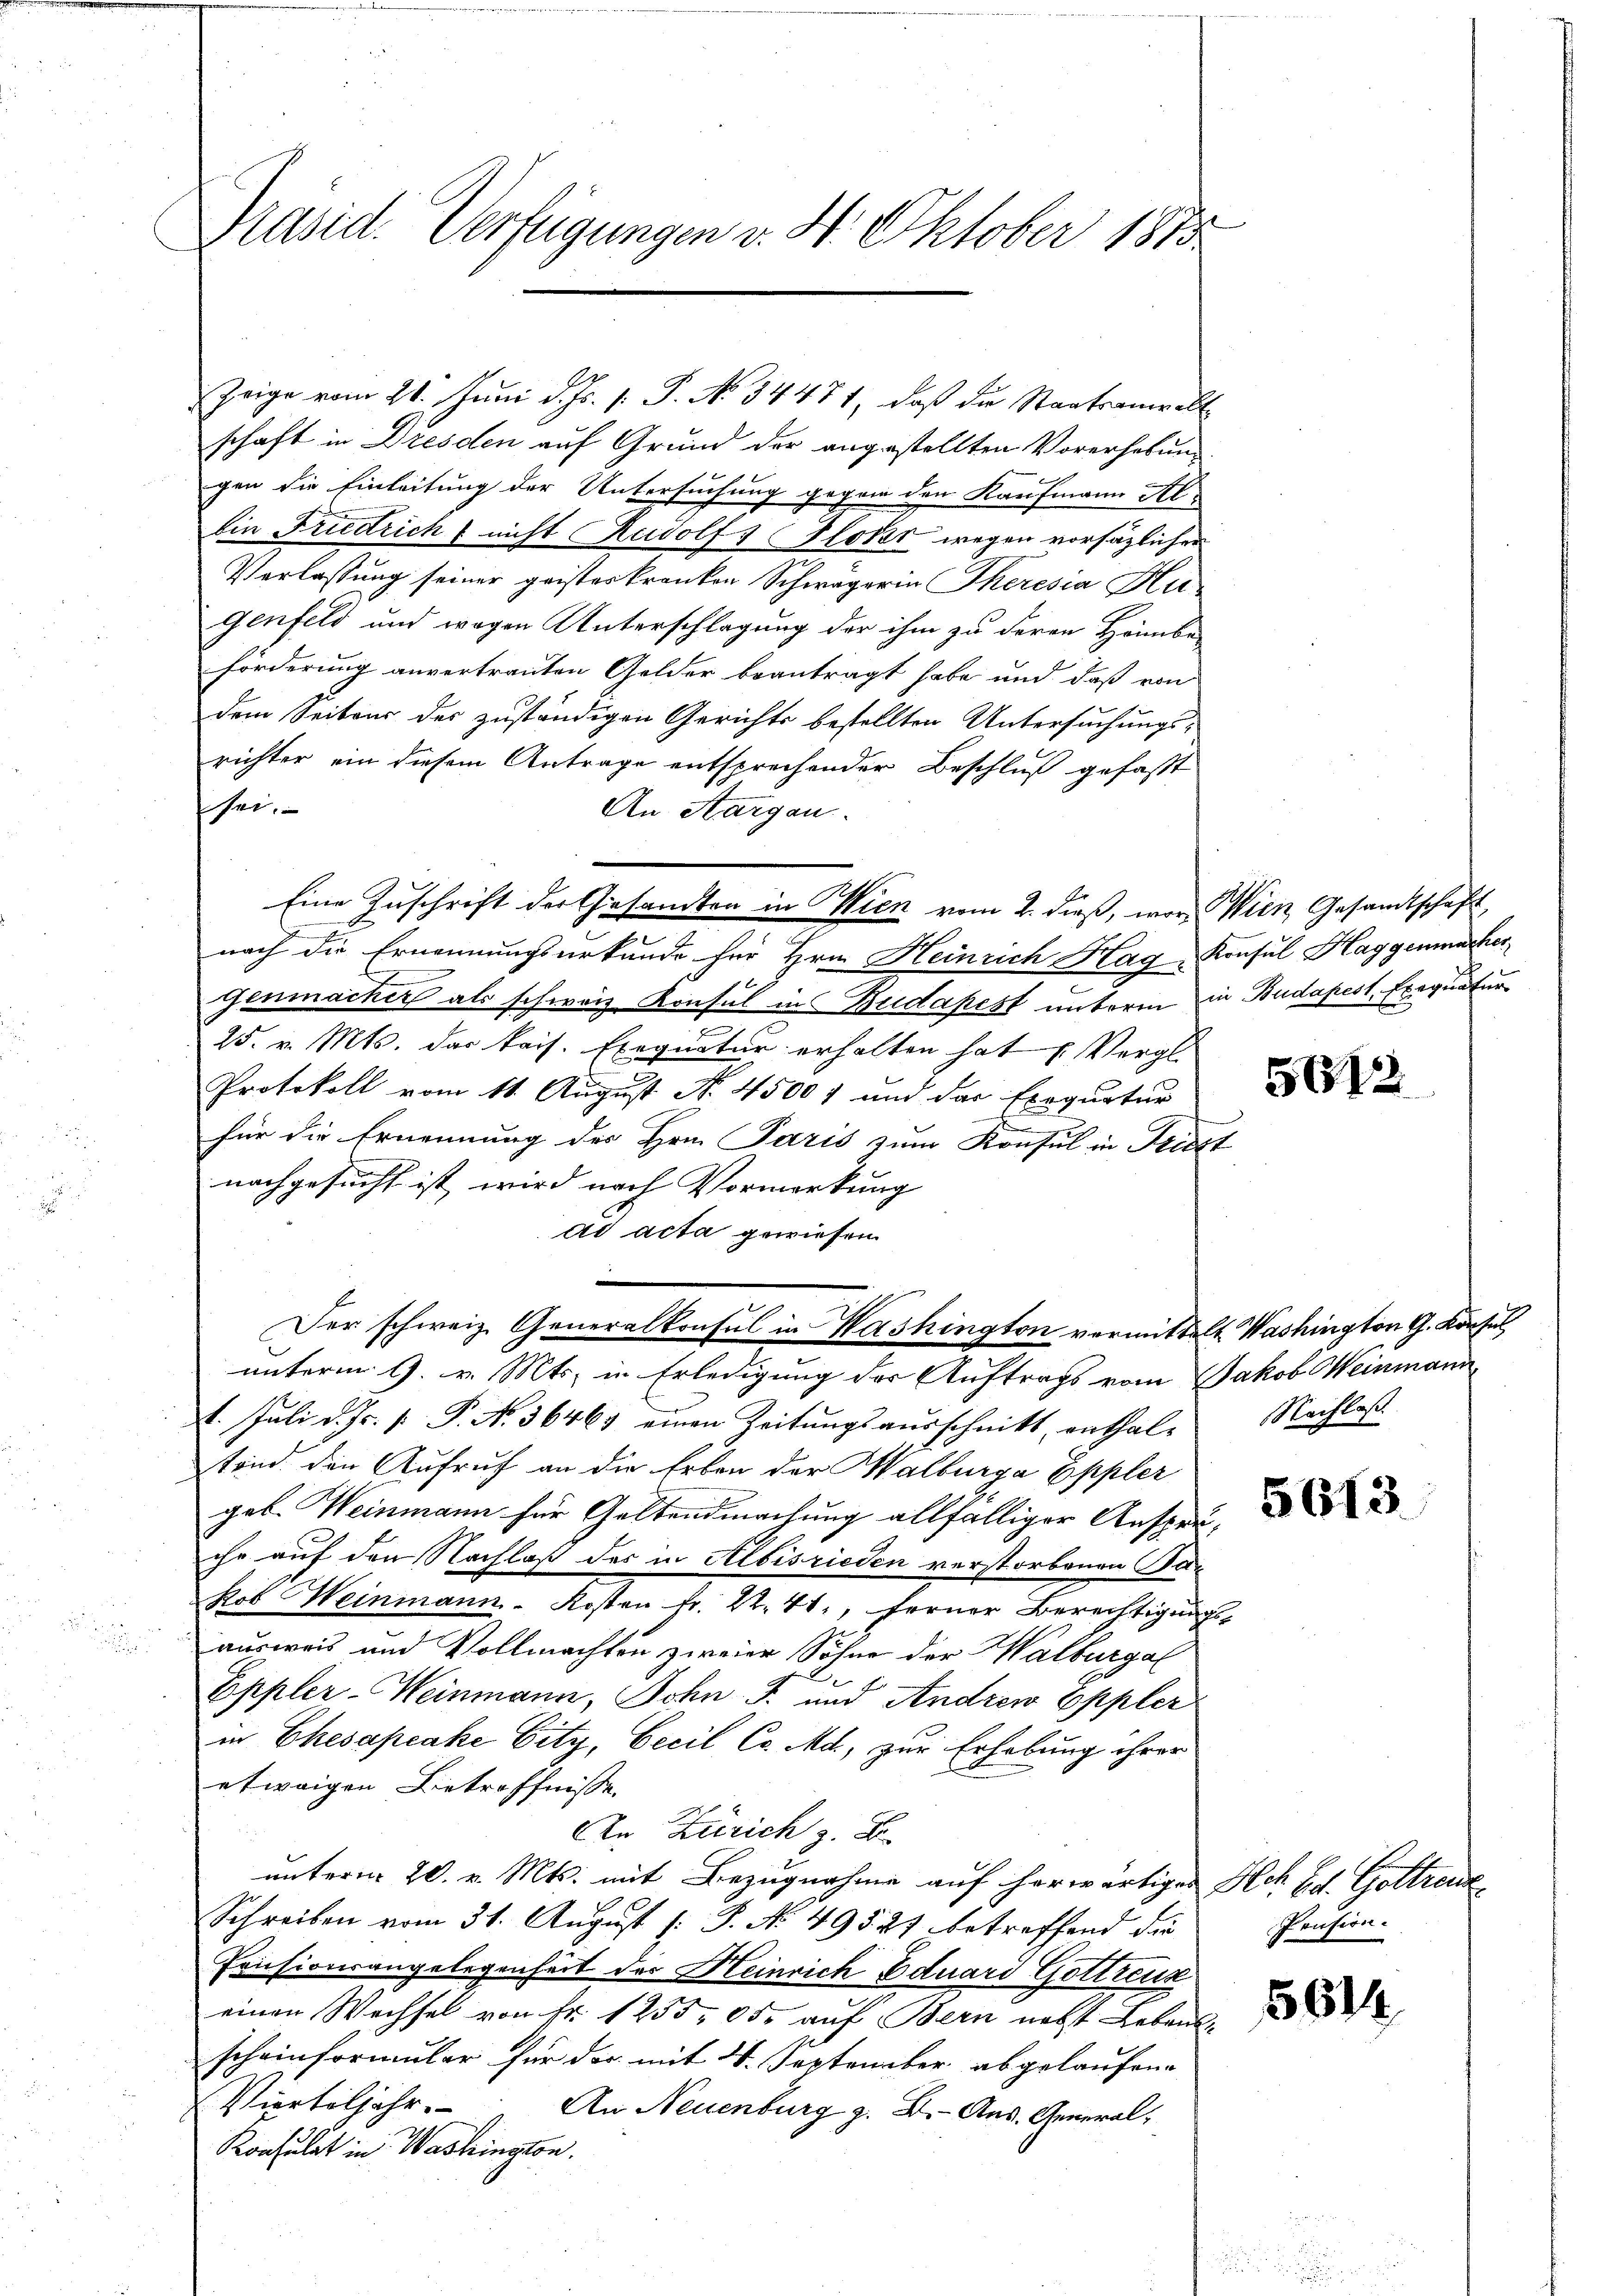
Präsid. Verfügungen v. 4. Oktober 1875

schaft in Dresden auf Grund der angestellten Vorerhebung
gen die Einleitung der Untersuchung gegen den Kaufmann Albin Friedricht nicht Rudolf 1 Flott wegen vorsätzlichen
Verlassung seiner geisterkranken Schwägerin Theresia Hu-
Genfeld und wegen Unterschlagung der ihm zu deren Hönnbe-
förderung anvertrauten Gelder beantragt habe und daß von
dem Seitens des zuständigen Gerichts bestellten Untersuchungs-
richter ein diesem Antrage entsprechender Beschluß gefaßt
sei.
An Aargau.
nach die Ernennungsurkunde für Hrn. Heinrich Hag Konsul Haggenmacher
genmacher als schweiz. Konsul in Budapest unterm in Budapest, Erequatur
25. v. Mts. das kais. Exequatur erhalten hat u. Vergl.
Protokoll vom 11. August No. 4500 f und das Exequatur
für die Ernennung des Hrn. Paris zum Konsul in Küst
nachgesucht ist, wird nach Vormerkung
ad acta gewiesen.
.
Der schweiz. Generalkonsul in Washington vormittelt. Washington G. Konsul
unterm 9. v. Mts. in Erledigung der Auftrags vom Jakob Weinmann
1. Juli d. Js. v. P. N. 36463 einen Zeitungsausschnitt, enthale Nachlaß
stand den Aufruf an die Erben der Halburga Eppler
geb. Weinmann für Geltendmachung allfälliger Anspru-
che auf den Nachlaß des in Albisrieden verstorbenen Par
kob Weinmann-Kosten fr. 2. 41, ferner Berechtigungsausweis und Vollmachten zweier Söhne der Walburg al
Eppler-Weinmann, Sohn F. und Andrew Eppler
in Ehesapeake Eity, Cecil Co. Md, zur Erhebung ihrer
etwaigen Betröffnisse
An Zürich z. B.
unterm 20. v. Mts. mit Bezugnahme auf herwärtiges Hoh Ed. Goltreue
Schreiben vom 31. August [ P. No 495 27 betreffend die
Pensionsangelegenheit des Heinrich Eduard Gottreuz
einen Wechsel von Fr. 1255, 85, auf Bern nebst Lebenl
scheinformular für der mit 4. September abgelaufene
Vierteljahr. An Neuenburg z. B. Aus. General¬
Konsulat in Washington.

Zeige vom 21. Juni d. Js. v. P. No 34471, daß die Staatsanwalt

Eine Zuschrift der Gesamten in Wien vom 2. dieß, vor Wien Gesandtschaft,

5612

5613.

Pension.

5614